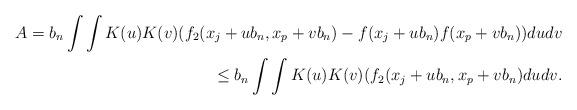
LaTeX: \begin{align*}A=b_{n}\int\int K(u)K(v)(f_{2}(x_{j}+ub_{n},x_{p}+vb_{n})-f(x_{j}+ub_{n})f(x_{p}+vb_{n}))dudv\\\leq b_{n}\int\int K(u)K(v)(f_{2}(x_{j}+ub_{n},x_{p}+vb_{n})dudv.\end{align*}